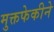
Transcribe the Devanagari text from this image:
मुक्तफेकीने